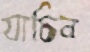
যাচিব